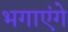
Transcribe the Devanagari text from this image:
भगाएंगे